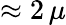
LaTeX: \approx 2\, \mu